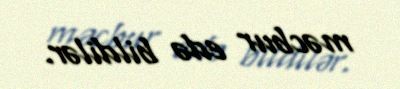
məcbur edə bildilər.